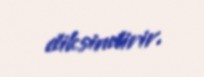
diksindirir.